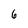
Character: 6